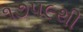
૧૭૫૯થી